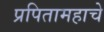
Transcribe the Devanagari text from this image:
प्रपितामहाचे